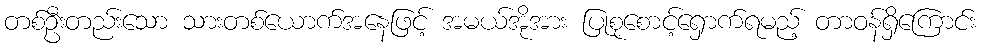
တစ်ဦးတည်းသော သားတစ်ယောက်အနေဖြင့် အမယ်အိုအား ပြုစုစောင့်ရှောက်ရမည့် တာဝန်ရှိကြောင်း